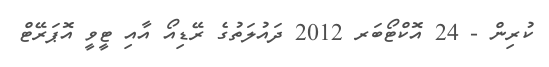
ކުރިން - 24 އޮކްޓޯބަރ 2012 ދައުލަތުގެ ރޭޑިއޯ އާއި ޓީވީ އޮޕަރޭޓް